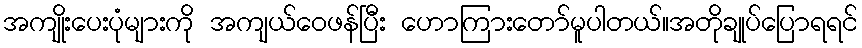
အကျိုးပေးပုံများကို အကျယ်ဝေဖန်ပြီး ဟောကြားတော်မူပါတယ်။အတိုချုပ်ပြောရရင်